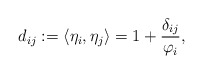
\begin{align*} d_{ij}:=\langle\eta_i,\eta_j\rangle=1+\frac{\delta_{ij}}{\varphi_i},\end{align*}